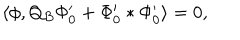
\langle \phi , Q _ { B } \Phi _ { 0 } ^ { \prime } + \Phi _ { 0 } ^ { \prime } * \Phi _ { 0 } ^ { \prime } \rangle = 0 ,